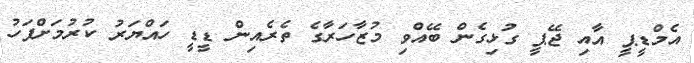
އެމްޑީޕީ އާއި ޖޭޕީ ގުޅިގެން ބޭއްވި މުޒާހަރާގެ ތެރެއިން ޑީޑީ ހައްޔަރު ކުރުމަށްފަހު